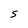
Character: S